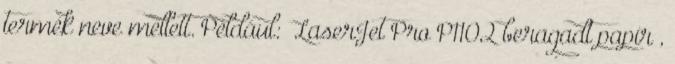
termék neve mellett. Például: „LaserJet Pro P1102 beragadt papír”,